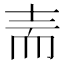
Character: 𰭬